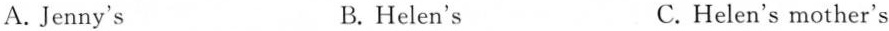
A.Jenny's B.Helen's C. Helen's mother's